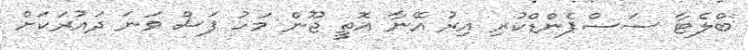
ބްލެޓާ ސަސްޕެންޑްކުރި އިރު އޭނާ އޮތީ ޖޫން މަހު ފަސް ވަނަ ދައުރަކަށް